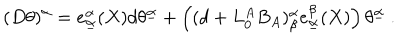
( D \theta ) ^ { \alpha } = e _ { \underline { { \alpha } } } ^ { \alpha } ( X ) d \theta ^ { \underline { { \alpha } } } + \left( ( d + L _ { 0 } ^ { A } B _ { A } ) _ { \beta } ^ { \alpha } e _ { \underline { { \alpha } } } ^ { \beta } ( X ) \right) \theta ^ { \underline { { \alpha } } } \ .